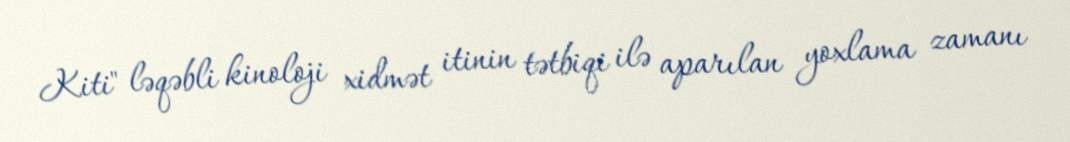
Kiti" ləqəbli kinoloji xidmət itinin tətbiqi ilə aparılan yoxlama zamanı